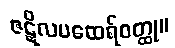
ဇဋိလမထေရ်ဝတ္ထု။